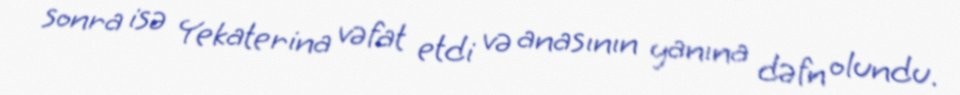
sonra isə Yekaterina vəfat etdi və anasının yanına dəfn olundu.